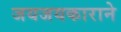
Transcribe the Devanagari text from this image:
जयजयकाराने